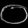
Digit: ၀